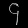
Digit: ၄